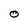
Character: O